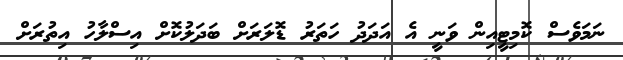
ނަމަވެސް ކޮމިޓީއިން ވަނީ އެ އަދަދު ހަތަރު ޑޮލަރަށް ބަދަލުކޮށް އިސްލާހު އިތުރަށް